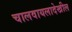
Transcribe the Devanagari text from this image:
चालवायलादेखील